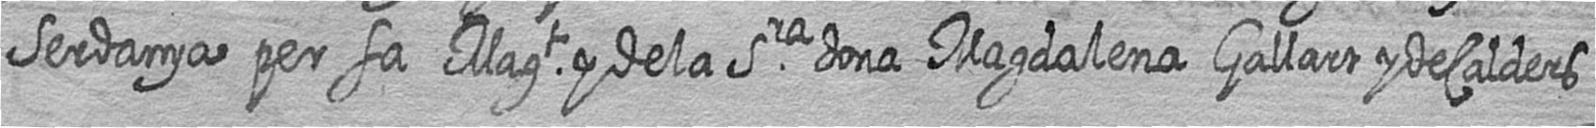
Serdanya per sa Magt y de la Sra dona Magdalena Gallart y de Calders